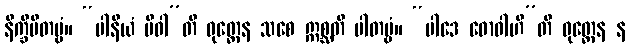
နိက္ခိပိတဗ္ဗံ။ “ပါနီယံ ပိဝါ”တိ ဝုတ္တေန သစေ ဣစ္ဆတိ ပါတဗ္ဗံ။ “ပါဒေ ဓောဝါဟီ”တိ ဝုတ္တေန န